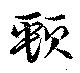
頸